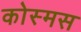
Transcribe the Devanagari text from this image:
कोस्मस